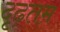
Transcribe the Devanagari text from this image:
दृढ़तम